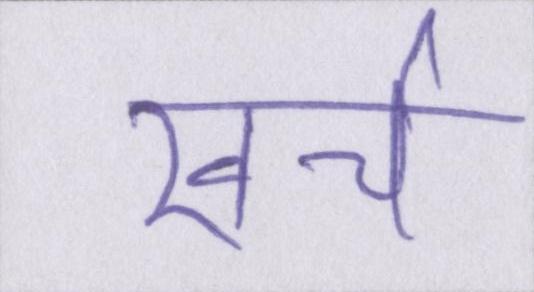
खर्च